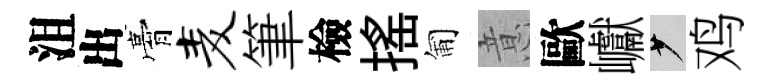
沮出膏麦筆檢揺匍意歐巘少鸡